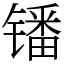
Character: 𫔍